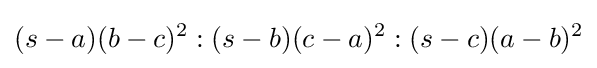
(s-a)(b-c)^{2}:(s-b)(c-a)^{2}:(s-c)(a-b)^{2}